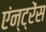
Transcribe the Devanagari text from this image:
एंन्ट्रेंस